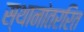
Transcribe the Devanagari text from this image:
स्थानांतररित